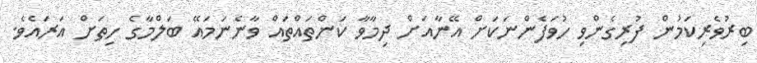
ބިރުވެރިކަމުން ފުރިގެންވި ހުވަފެންނަކަށް އޭނާއަށް ދިމާވާ ކަންތައްތައް ވާނެނަމައޭ ބަލްމާގެ ހިތަށް އަރައެވެ.